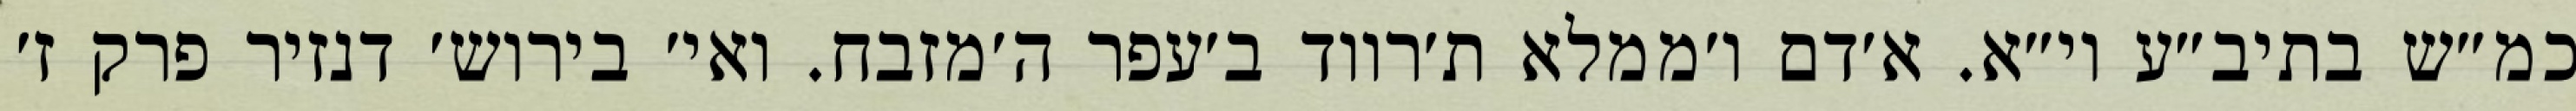
כמ״ש בתיב״ע וי״א. א׳דם ו׳ממלא ת׳רווד ב׳עפר ה׳מזבח. ואי׳ בירוש׳ דנזיר פרק ז׳